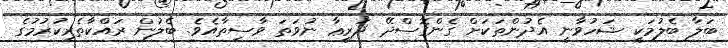
ބަލާ ބެލުމަކީ ޝަހުވާނީ އެދުންތަކަށް ގެންގޮސްދޭ ޛަރީޢާ ނުވަތަ ވާސިތާއެވެ. ބެލުން ރައްކާތެރިކުރުމުގެ